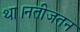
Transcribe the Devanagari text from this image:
था।नतीजतन